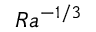
R a ^ { - 1 / 3 }